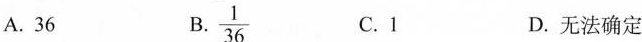
A.36 B.\frac{1}{36} C.1 D.无法确定